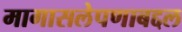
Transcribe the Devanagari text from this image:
मागासलेपणाबद्दल